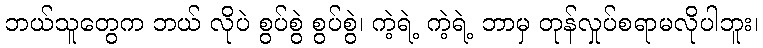
ဘယ်သူတွေက ဘယ် လိုပဲ စွပ်စွဲ စွပ်စွဲ၊ ကဲ့ရဲ့ ကဲ့ရဲ့ ဘာမှ တုန်လှုပ်စရာမလိုပါဘူး၊